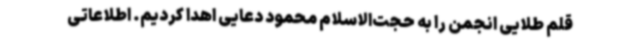
قلم طلایی انجمن را به حجت‌الاسلام محمود دعایی اهدا کردیم. اطلاعاتی